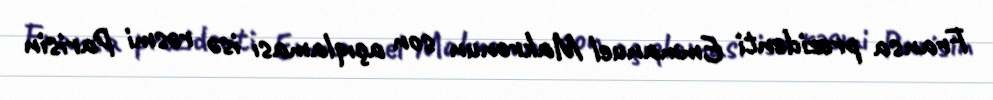
Fransa prezidenti Emmanuel Makronun son açıqlaması isə rəsmi Parisin